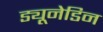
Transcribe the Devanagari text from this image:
ड्यूनेडिन